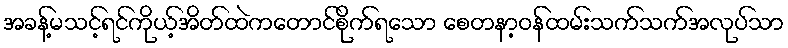
အခန့်မသင့်ရင်ကိုယ့်အိတ်ထဲကတောင်စိုက်ရသော စေတနာ့ဝန်ထမ်းသက်သက်အလုပ်သာ